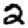
Digit: 2